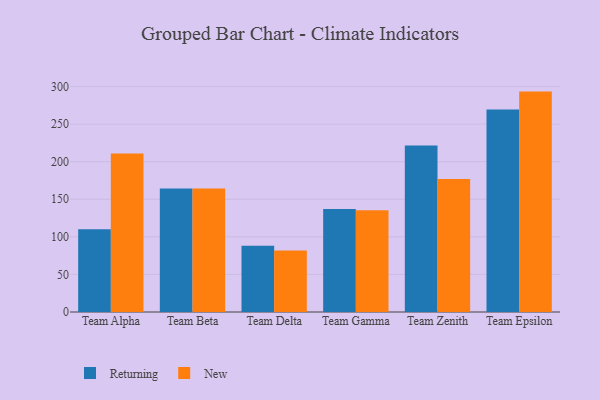
{"axis": {"x": "Team", "y": "Active Users"}, "legend": ["New", "Returning"], "data": [{"x": "Team Alpha", "y": 110.0, "type": "Returning"}, {"x": "Team Alpha", "y": 210.9, "type": "New"}, {"x": "Team Beta", "y": 164.4, "type": "Returning"}, {"x": "Team Beta", "y": 164.4, "type": "New"}, {"x": "Team Delta", "y": 88.2, "type": "Returning"}, {"x": "Team Delta", "y": 81.9, "type": "New"}, {"x": "Team Gamma", "y": 137.1, "type": "Returning"}, {"x": "Team Gamma", "y": 135.3, "type": "New"}, {"x": "Team Zenith", "y": 221.5, "type": "Returning"}, {"x": "Team Zenith", "y": 177.0, "type": "New"}, {"x": "Team Epsilon", "y": 269.6, "type": "Returning"}, {"x": "Team Epsilon", "y": 293.3, "type": "New"}]}